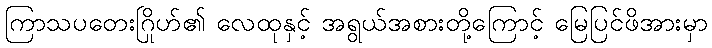
ကြာသပတေးဂြိုဟ်၏ လေထုနှင့် အရွယ်အစားတို့ကြောင့် မြေပြင်ဖိအားမှာ